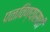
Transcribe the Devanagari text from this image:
पळविण्यासाठी